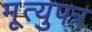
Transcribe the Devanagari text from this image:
मृ्त्युपत्र